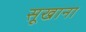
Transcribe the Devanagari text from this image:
सूखाना